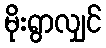
မိုးရွာလျှင်